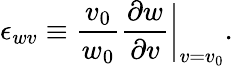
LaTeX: \epsilon_{wv}\equiv\frac{v_{0}}{w_{0}}\frac{\partial w}{\partial v}\bigg|_{v=v_{0}}.